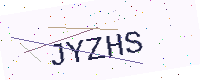
Text: JYZHS